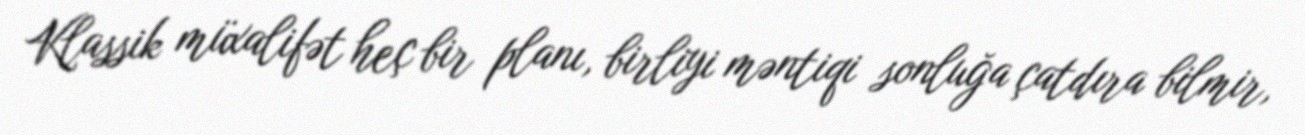
Klassik müxalifət heç bir planı, birliyi məntiqi sonluğa çatdıra bilmir,